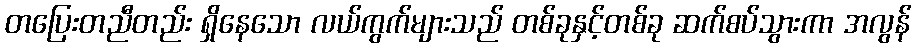
တပြေးတညီတည်း ရှိနေသော လယ်ကွက်များသည် တစ်ခုနှင့်တစ်ခု ဆက်စပ်သွားကာ အလွန်